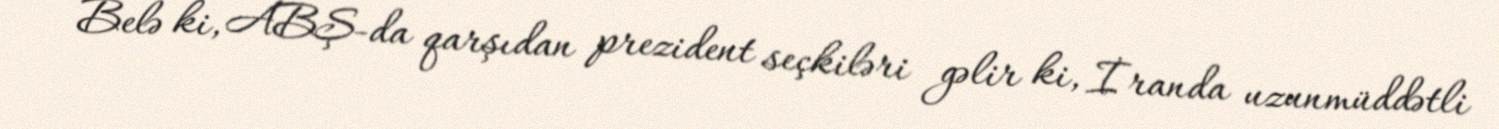
Belə ki, ABŞ-da qarşıdan prezident seçkiləri gəlir ki, İranda uzunmüddətli